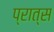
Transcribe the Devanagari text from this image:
प्रात्स